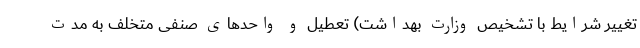
تغییر شرایط با تشخیص وزارت بهداشت) تعطیل و واحدهای صنفی متخلف به مدت